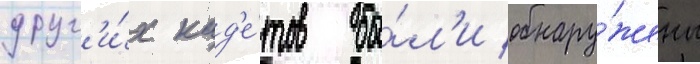
друг'и́х кад'е́тов бы́л'и обнару́жены